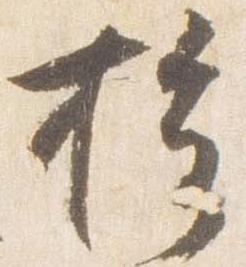
授